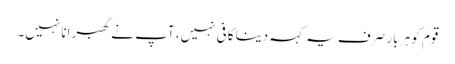
قوم کو ہر بار صرف یہ کہہ دینا کافی نہیں، آپ نے گھبرانا نہیں۔